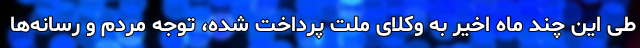
طی این چند ماه اخیر به وکلای ملت پرداخت شده، توجه مردم و رسانه‌ها